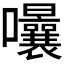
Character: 𭍈